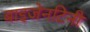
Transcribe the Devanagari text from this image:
बाइजेनटिनी